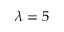
\lambda = 5